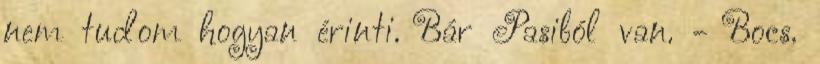
nem tudom hogyan érinti. Bár Pasiból van. - Bocs.